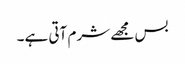
بس مجھے شرم آتی ہے۔